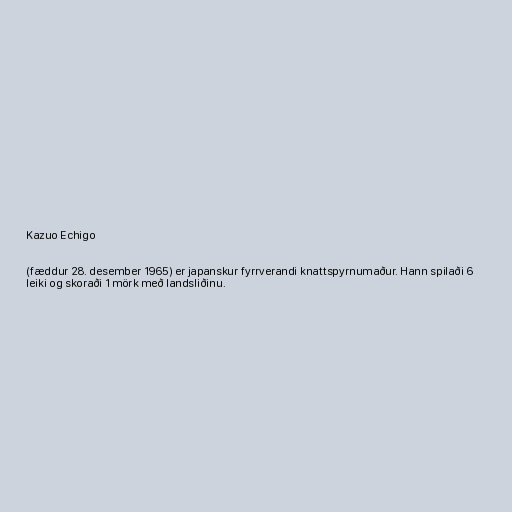
Kazuo Echigo

(fæddur 28. desember 1965) er japanskur fyrrverandi knattspyrnumaður. Hann spilaði 6
leiki og skoraði 1 mörk með landsliðinu.